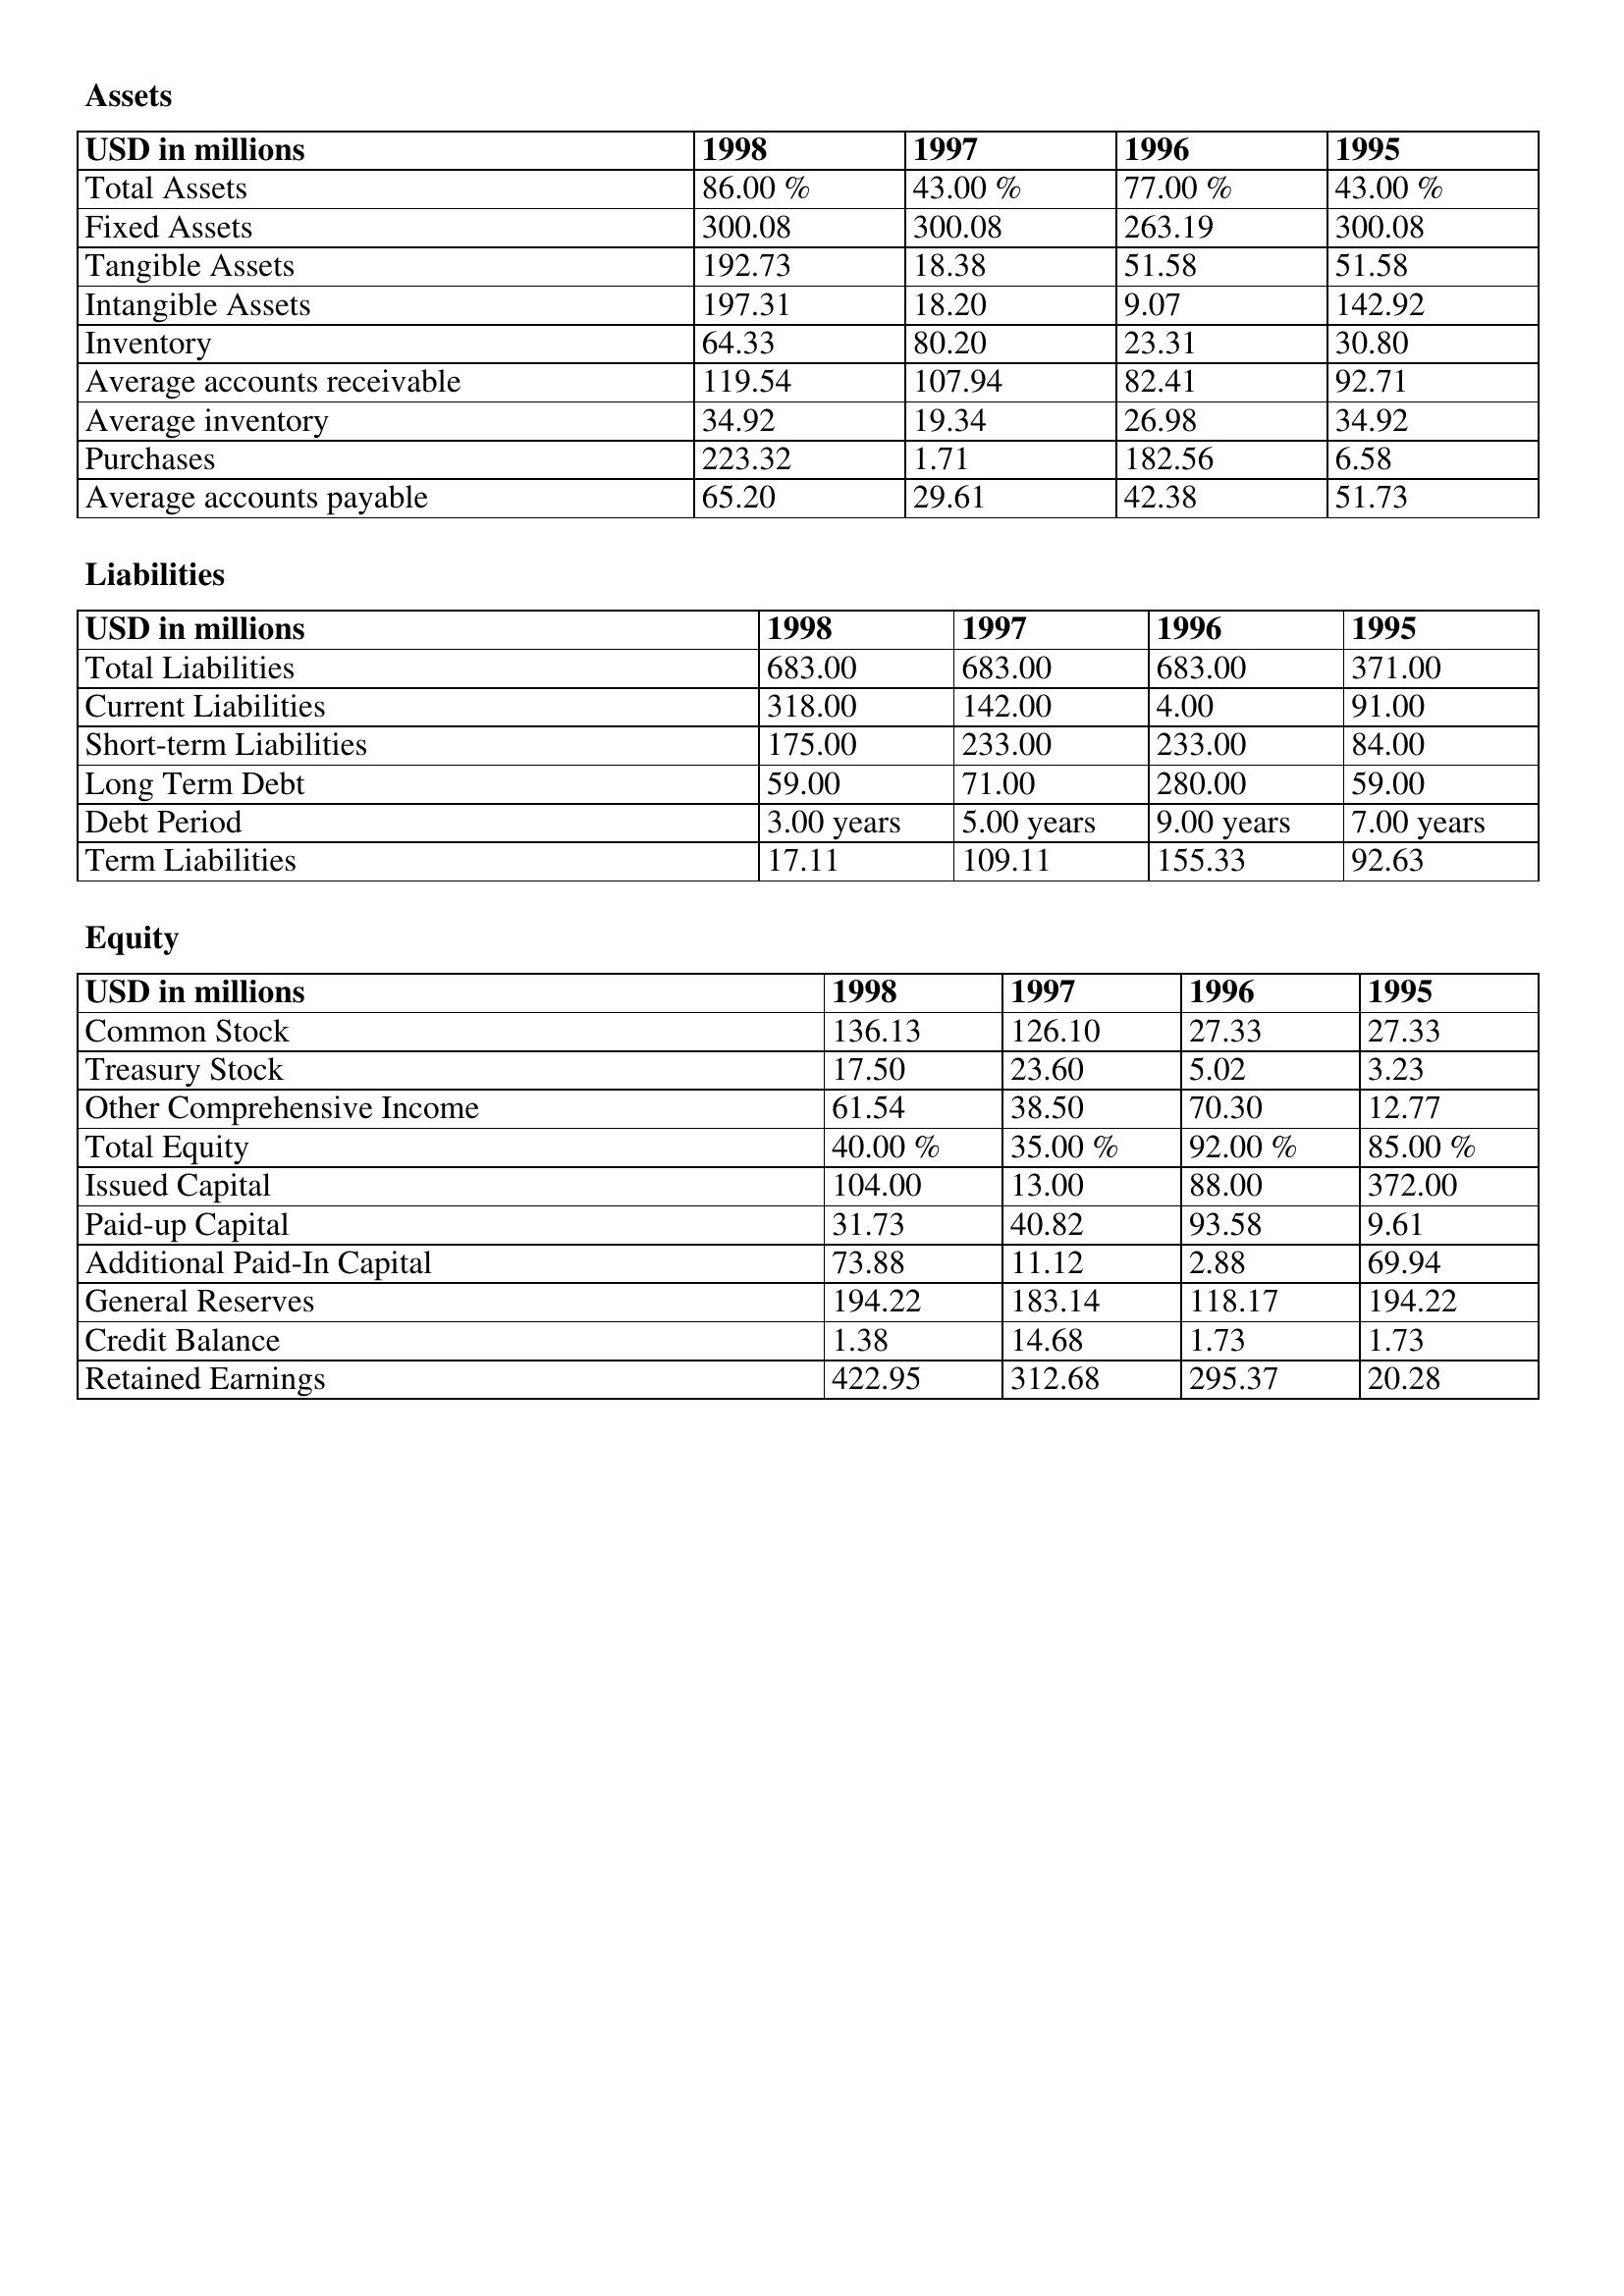
gt_parse: 1998: Assets: Total Assets: 86.00 %
Fixed Assets: 300.08
Tangible Assets: 192.73
Intangible Assets: 197.31
Inventory: 64.33
Average accounts receivable: 119.54
Average inventory: 34.92
Purchases: 223.32
Average accounts payable: 65.20
Liabilities: Total Liabilities: 683.00
Current Liabilities: 318.00
Short-term Liabilities: 175.00
Long Term Debt: 59.00
Debt Period: 3.00 years
Term Liabilities: 17.11
Equity: Common Stock: 136.13
Treasury Stock: 17.50
Other Comprehensive Income: 61.54
Total Equity: 40.00 %
Issued Capital: 104.00
Paid-up Capital: 31.73
Additional Paid-In Capital: 73.88
General Reserves: 194.22
Credit Balance: 1.38
Retained Earnings: 422.95
1997: Assets: Total Assets: 43.00 %
Fixed Assets: 300.08
Tangible Assets: 18.38
Intangible Assets: 18.20
Inventory: 80.20
Average accounts receivable: 107.94
Average inventory: 19.34
Purchases: 1.71
Average accounts payable: 29.61
Liabilities: Total Liabilities: 683.00
Current Liabilities: 142.00
Short-term Liabilities: 233.00
Long Term Debt: 71.00
Debt Period: 5.00 years
Term Liabilities: 109.11
Equity: Common Stock: 126.10
Treasury Stock: 23.60
Other Comprehensive Income: 38.50
Total Equity: 35.00 %
Issued Capital: 13.00
Paid-up Capital: 40.82
Additional Paid-In Capital: 11.12
General Reserves: 183.14
Credit Balance: 14.68
Retained Earnings: 312.68
1996: Assets: Total Assets: 77.00 %
Fixed Assets: 263.19
Tangible Assets: 51.58
Intangible Assets: 9.07
Inventory: 23.31
Average accounts receivable: 82.41
Average inventory: 26.98
Purchases: 182.56
Average accounts payable: 42.38
Liabilities: Total Liabilities: 683.00
Current Liabilities: 4.00
Short-term Liabilities: 233.00
Long Term Debt: 280.00
Debt Period: 9.00 years
Term Liabilities: 155.33
Equity: Common Stock: 27.33
Treasury Stock: 5.02
Other Comprehensive Income: 70.30
Total Equity: 92.00 %
Issued Capital: 88.00
Paid-up Capital: 93.58
Additional Paid-In Capital: 2.88
General Reserves: 118.17
Credit Balance: 1.73
Retained Earnings: 295.37
1995: Assets: Total Assets: 43.00 %
Fixed Assets: 300.08
Tangible Assets: 51.58
Intangible Assets: 142.92
Inventory: 30.80
Average accounts receivable: 92.71
Average inventory: 34.92
Purchases: 6.58
Average accounts payable: 51.73
Liabilities: Total Liabilities: 371.00
Current Liabilities: 91.00
Short-term Liabilities: 84.00
Long Term Debt: 59.00
Debt Period: 7.00 years
Term Liabilities: 92.63
Equity: Common Stock: 27.33
Treasury Stock: 3.23
Other Comprehensive Income: 12.77
Total Equity: 85.00 %
Issued Capital: 372.00
Paid-up Capital: 9.61
Additional Paid-In Capital: 69.94
General Reserves: 194.22
Credit Balance: 1.73
Retained Earnings: 20.28